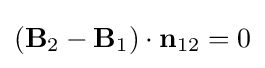
(\mathbf {B} _{2}-\mathbf {B} _{1})\cdot \mathbf {n} _{12}=0